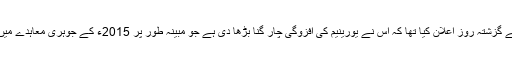
امریکی اقدامات کے جواب میں ایران نے گزشتہ روز اعلان کیا تھا کہ اس نے یورینیم کی افزوگی چار گنا بڑھا دی ہے جو مبینہ طور پر 2015ء کے جوہری معاہدے میں طے پانے والی شرائط کے خلاف ہے۔